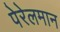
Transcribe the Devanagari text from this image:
पेरेलमान